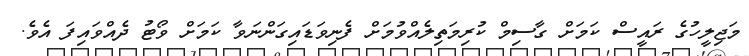
މަޖިލީހުގެ ރައީސް ކަމަށް ގާސިމް ކުރިމަތިލެއްވުމަށް ފެނިވަޑައިގަންނަވާ ކަމަށް ވޯޓު ދެއްވައިފަ އެވެ.